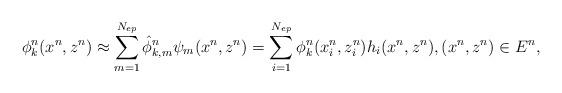
LaTeX: \begin{align*} \phi_k^n(x^n,z^n) \approx \sum_{m=1}^{N_{ep}} \hat{\phi}^n_{k,m} \psi_{m}(x^n,z^n)=\sum_{i=1}^{N_{ep}} \phi_k^n(x_i^n,z_i^n) h_{i}(x^n,z^n), (x^n,z^n) \in E^n,\end{align*}